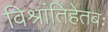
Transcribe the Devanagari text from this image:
विश्रांतिहेतबः